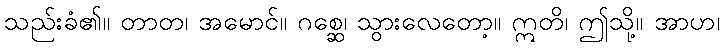
သည်းခံ၏။ တာတ၊ အမောင်။ ဂစ္ဆေ၊ သွားလေတော့။ ဣတိ၊ ဤသို့။ အာဟ၊